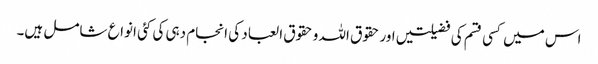
اس میں کسی قسم کی فضیلتیں اور حقوق اللہ و حقوق العباد کی انجام دہی کی کئی انواع شامل ہیں۔